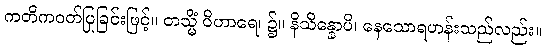
ကတိကဝတ်ပြုခြင်းဖြင့်။ တသ္မိံ ဝိဟာရေ၊ ၌။ နိသိန္နောပိ၊ နေသောရဟန်းသည်လည်း။